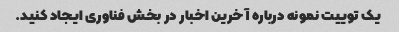
یک توییت نمونه درباره آخرین اخبار در بخش فناوری ایجاد کنید.